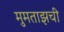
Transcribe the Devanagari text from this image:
मुमताझची